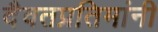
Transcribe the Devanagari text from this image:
दैवतप्रतिमांनी